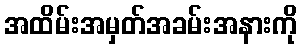
အထိမ်းအမှတ်အခမ်းအနားကို